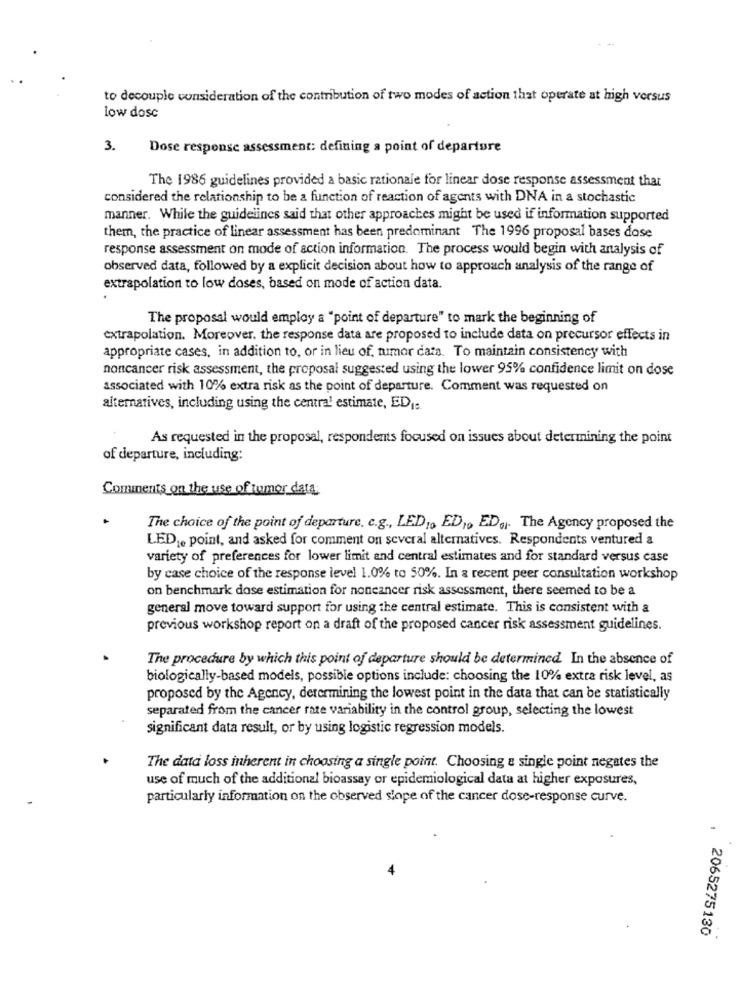
to decouple consideration of the contribution of two modes of action that operate at high versus
low dose
3.
Dose response assessment: defining a point of departure
The 1986 guidelines provided a basic rationale for linear dose response assessment that
considered the relationship to be a function of reaction of agents with DNA in a stochastic
manner. While the guidelines said that other approaches might be used if information supported
them, the practice of linear assessment has been predominant The 1996 proposal bases dose
response assessment on mode of action information. The process would begin with analysis of
observed data, followed by a explicit decision about how to approach analysis of the range of
extrapolation to low doses, based on mode of action data.
The proposal would employ a "point of departure" to mark the beginning of
extrapolation. Moreover. the response data are proposed to include data on precursor effects in
appropriate cases, in addition to, or in lieu of, tumor cata. To maintain consistency with
noncancer risk assessment, the proposal suggested using the lower 95% confidence limit on dose
associated with 10% extra risk as the point of departure. Comment was requested on
alternatives, including using the central estimate, ED1.
As requested in the proposal, respondents focused on issues about determining the point
of departure, including:
Comments on the use of tumor data
The choice of the point of departure, c.g ., LED', ED ,, ED ,,. The Agency proposed the
LEDe point, and asked for comment on several alternatives. Respondents ventured a
variety of preferences for lower limit and central estimates and for standard versus case
by case choice of the response level 1.0% to 50%. In a recent peer consultation workshop
on benchmark dose estimation for noncancer risk assessment, there seemed to be a
general move toward support for using the central estimate. This is consistent with a
previous workshop report on a draft of the proposed cancer risk assessment guidelines.
The procedure by which this point of departure should be determined. In the absence of
biologically-based models, possible options include: choosing the 10% extra risk level, as
proposed by the Agency, determining the lowest point in the data that can be statistically
separated from the cancer rate variability in the control group, selecting the lowest
significant data result, or by using logistic regression models.
The data loss inherent in choosing a single point. Choosing a single point negates the
use of much of the additional bioassay or epidemiological data at higher exposures,
particularly information on the observed slope of the cancer dose-response curve.
2065275130